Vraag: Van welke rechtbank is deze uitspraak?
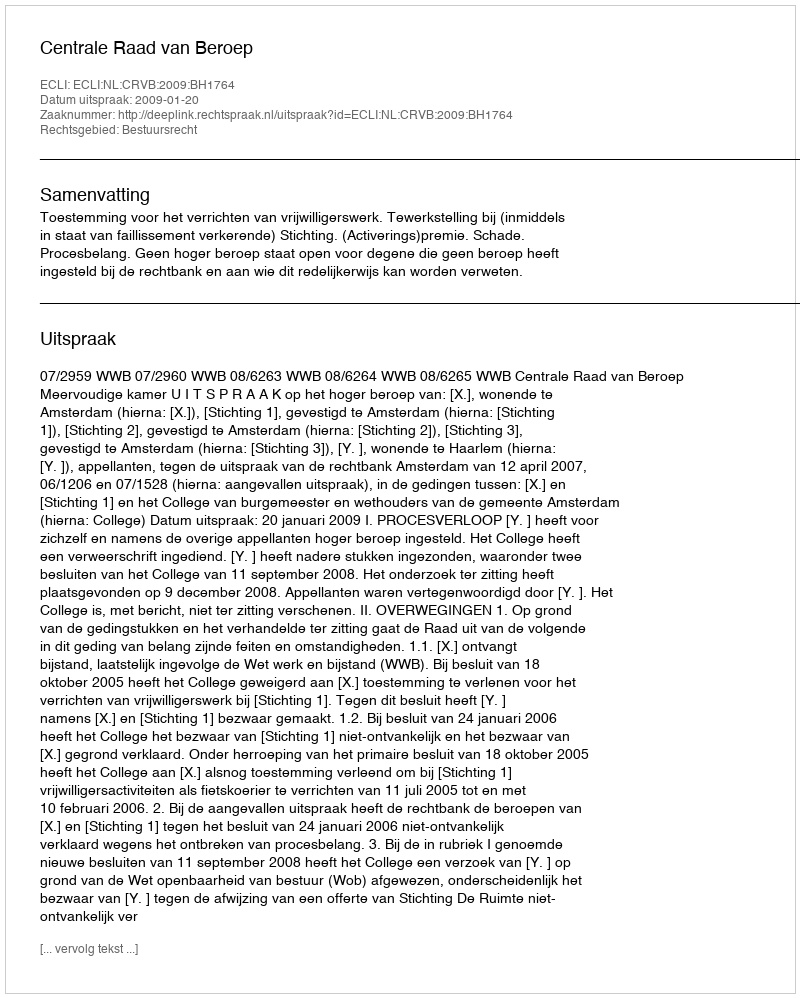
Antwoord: Centrale Raad van Beroep